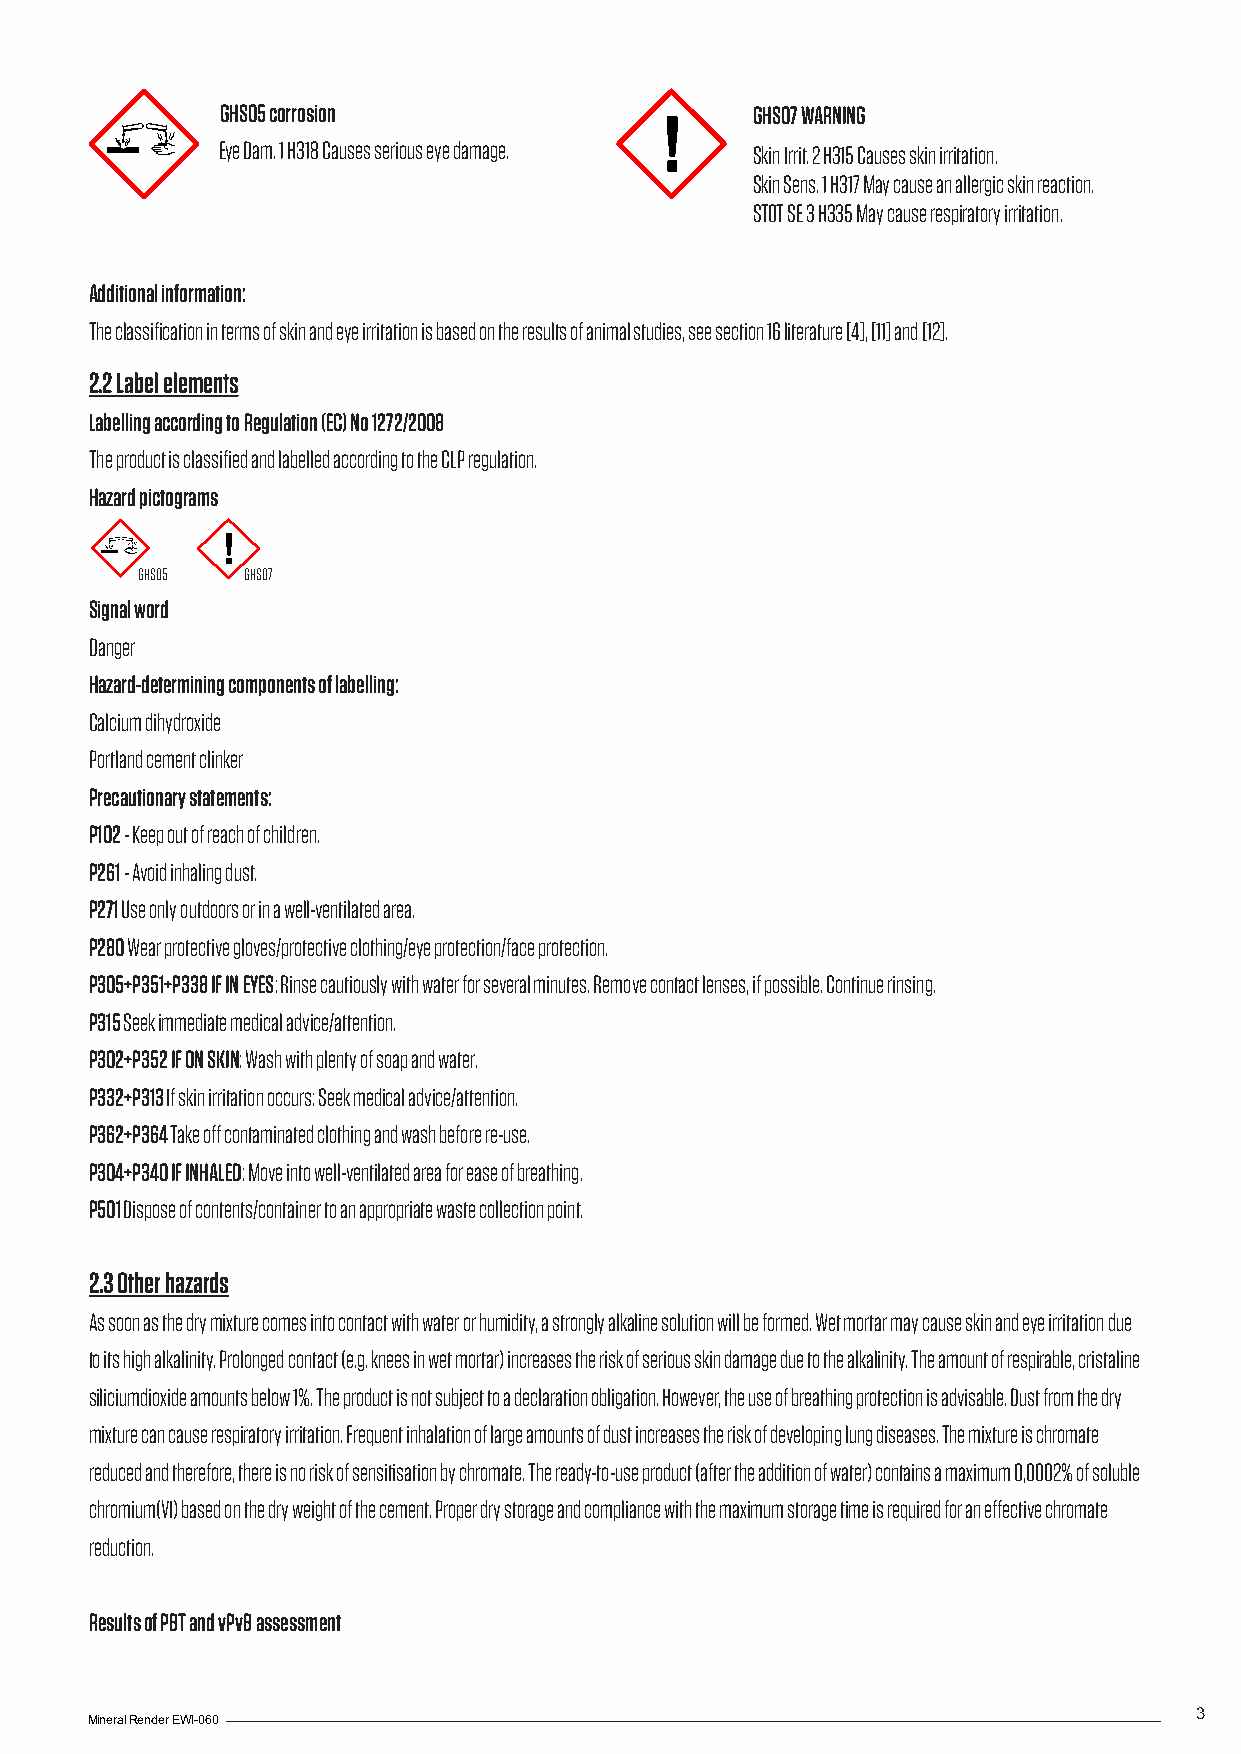
GHS05 corrosion                    GHS07 WARNING
 Eye Dam. 1 H318 Causes serious eye damage. Skin Irrit. 2 H315 Causes skin irritation.
 Skin Sens. 1 H317 May cause an allergic skin reaction.
 STOT SE 3 H335 May cause respiratory irritation.
 Additional information:
 The classification in terms of skin and eye irritation is based on the results of animal studies, see section 16 literature [4], [11] and [12].
 2.2 Label elements
 Labelling according to Regulation (EC) No 1272/2008
 The product is classified and labelled according to the CLP regulation.
 Hazard pictograms
 GHS05  GHS07
 Signal word
 Danger
 Hazard-determining components of labelling:
 Calcium dihydroxide
 Portland cement clinker
 Precautionary statements:
 P102 - Keep out of reach of children.
 P261 - Avoid inhaling dust.
 P271 Use only outdoors or in a well-ventilated area.
 P280 Wear protective gloves/protective clothing/eye protection/face protection.
 P305+P351+P338 IF IN EYES: Rinse cautiously with water for several minutes. Remove contact lenses, if possible. Continue rinsing.
 P315 Seek immediate medical advice/attention.
 P302+P352 IF ON SKIN: Wash with plenty of soap and water.
 P332+P313 If skin irritation occurs: Seek medical advice/attention.
 P362+P364 Take off contaminated clothing and wash before re-use.
 P304+P340 IF INHALED: Move into well-ventilated area for ease of breathing.
 P501 Dispose of contents/container to an appropriate waste collection point.
 2.3 Other hazards
 As soon as the dry mixture comes into contact with water or humidity, a strongly alkaline solution will be formed. Wet mortar may cause skin and eye irritation due
 to its high alkalinity. Prolonged contact (e.g. knees in wet mortar) increases the risk of serious skin damage due to the alkalinity. The amount of respirable, cristaline
 siliciumdioxide amounts below 1%. The product is not subject to a declaration obligation. However, the use of breathing protection is advisable. Dust from the dry
 mixture can cause respiratory irritation. Frequent inhalation of large amounts of dust increases the risk of developing lung diseases. The mixture is chromate
 reduced and therefore, there is no risk of sensitisation by chromate. The ready-to-use product (after the addition of water) contains a maximum 0,0002% of soluble
 chromium(VI) based on the dry weight of the cement. Proper dry storage and compliance with the maximum storage time is required for an effective chromate
 reduction.
 Results of PBT and vPvB assessment
 3
 Mineral Render EWI-060